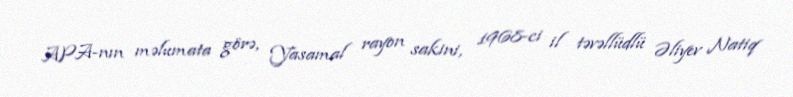
APA-nın məlumata görə, Yasamal rayon sakini, 1968-ci il təvəllüdlü Əliyev Natiq